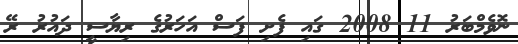
ނޮވެމްބަރު 11 2008 ގައި ފެށި ފަސް އަހަރުގެ ރިޔާސީ ދައުރު ރޭ